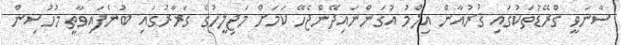
ސާނަވީ ގްރޭޑުތަކުގައި ޤުރުއާން އިލްމު އުގަންނައިދޭންޖެހޭ ކަމަށް މަޖިލީހުގެ ގަރާރުގައި ބުނެފައިވާތީ މުހުސިން